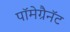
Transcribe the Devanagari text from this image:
पॉमेग्रैनॅट